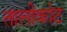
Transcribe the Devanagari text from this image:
तालीकोट